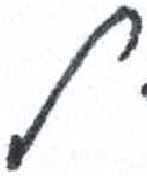
אות: ל